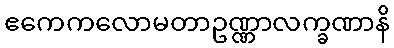
ဧကေကလောမတာဥဏ္ဏာလက္ခဏာနိ